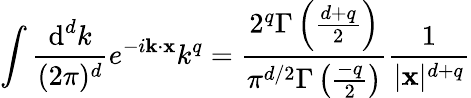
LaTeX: \int\frac{\textup{d}^{d}k}{(2\pi)^{d}}e^{-i{\mathbf k}\cdot{\mathbf x}}k^{q}=\frac{2^{q}\Gamma\left(\frac{d+q}{2}\right)}{\pi^{d/2}\Gamma\left(\frac{-q}{2}\right)}\frac{1}{|{\mathbf x}|^{d+q}}